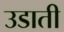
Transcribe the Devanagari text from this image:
उडाती